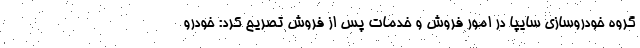
گروه خودروسازي سايپا در امور فروش و خدمات پس از فروش تصريح كرد: خودرو